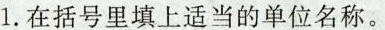
1.在括号里填上适当的单位名称。